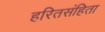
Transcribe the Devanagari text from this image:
हरितसंहिता